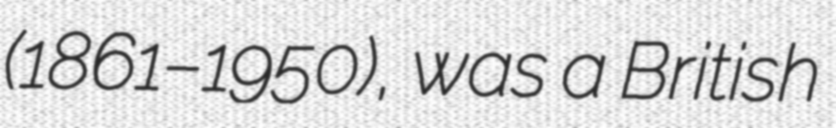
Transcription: (1861–1950), was a British